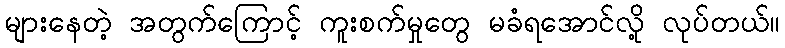
များနေတဲ့ အတွက်ကြောင့် ကူးစက်မှုတွေ မခံရအောင်လို့ လုပ်တယ်။